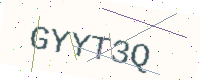
Text: GYYT3Q